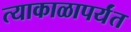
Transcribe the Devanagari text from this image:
त्याकाळापर्यंत